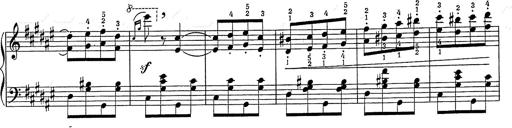
Title: Hungarian Rhapsody No.2
Composer: Franz Liszt
Key: C-sharp minor